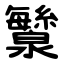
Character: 㶗